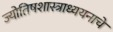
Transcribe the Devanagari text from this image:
ज्योतिषशास्त्राध्ययनाचे